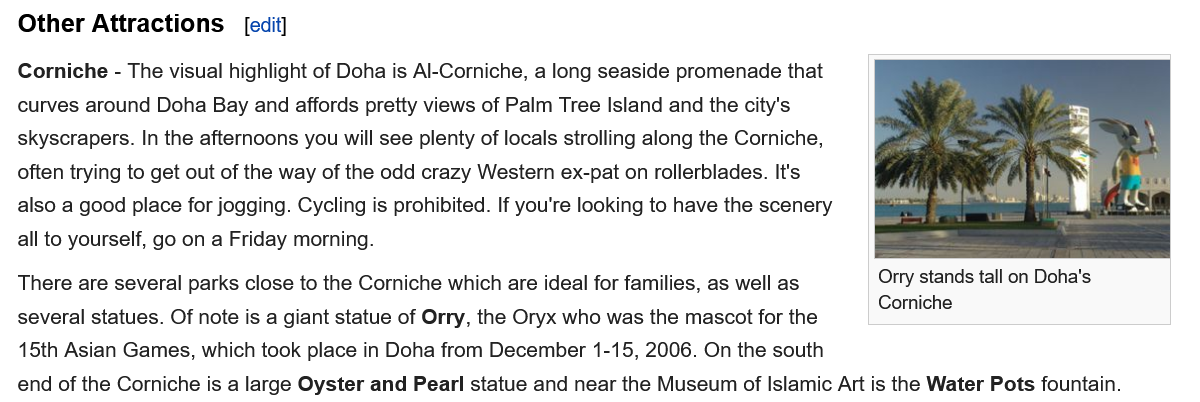
Other Attractions
  Corniche
     -
     The visual highlight of Doha is Al-Corniche, a long seaside promenade that
  curves around Doha Bay and affords pretty views of Palm Tree Island and the city's
  skyscrapers. In the afternoons you will see plenty of locals strolling along the Corniche,
  often trying to get out of the way of the odd crazy Western ex-pat on rollerblades. It's
  also a good place for jogging. Cycling is prohibited. If you're looking to have the scenery
  all to yourself, go on a Friday morning.
     Orry stands tall on Doha's
     Corniche
  There are several parks close to the Corniche which are ideal for families, as well as
     Orry stands tall on Doha's
     Cornichs
  several statues. Of note is a giant statue of Orry, the Oryx who was the mascot for the
     ormiene
  15th Asian Games, which took place in Doha from December 1-15, 2006. On the south
  end of the Corniche is a large Oyster and Pearl statue and near the Museum of Islamic Art is the Water Pots fountain.